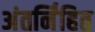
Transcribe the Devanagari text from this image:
अंतर्नि॑हित